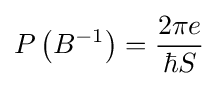
P\left(B^{-1}\right)={\frac {2\pi e}{\hbar S}}